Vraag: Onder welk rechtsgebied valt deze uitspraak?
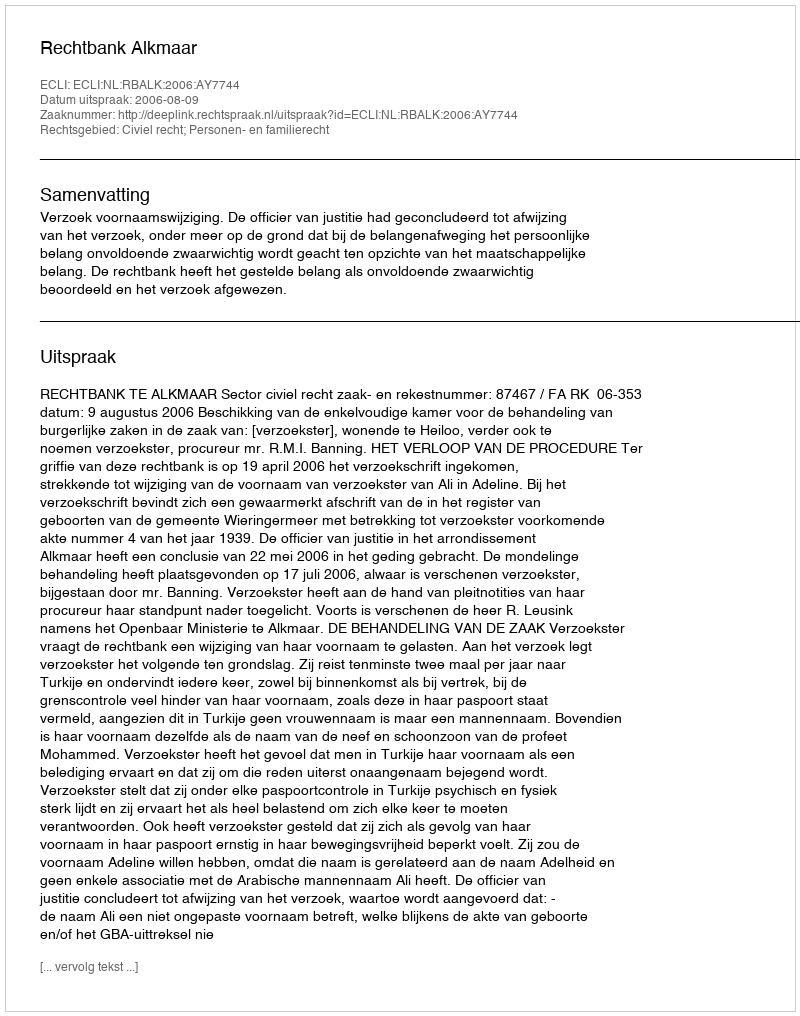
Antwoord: Civiel recht; Personen- en familierecht